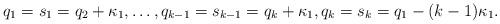
LaTeX: \begin{align*} q_1 = s_1 = q_2 + \kappa_1, \ldots,q_{k-1} = s_{k-1} = q_k + \kappa_1, q_k = s_k = q_1 - (k-1) \kappa_1 .\end{align*}